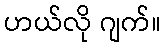
ဟယ်လို ဂျက်။